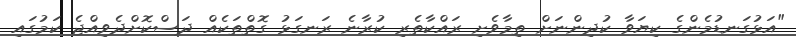
"އަޅުގަނޑުމެންގެ ކިޔަވާ ކުދިންނަށް ތިމާވެށި ރައްކާތެރި ކުރާނެ ރަނގަޅު ގޮތްތަކެއް ދަސްކޮށްދެވިއްޖެ ކަމުގައި